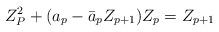
LaTeX: \begin{align*}Z_P^2 + (a_p - \bar a_p Z_{p+1})Z_p = Z_{p+1}\end{align*}